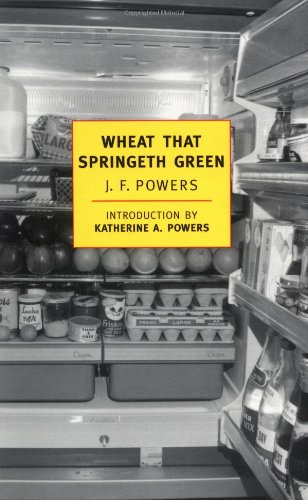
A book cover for Wheat that Springeth Green (New York Review Books Classics); J.F. Powers; Religion & Spirituality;